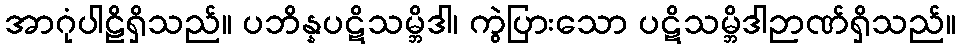
အာဂုံပါဠိရှိသည်။ ပဘိန္နပဋိသမ္ဘိဒါ၊ ကွဲပြားသော ပဋိသမ္ဘိဒါဉာဏ်ရှိသည်။